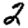
Digit: 2